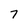
Character: 7